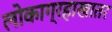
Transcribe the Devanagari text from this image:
लोकाग्रहाखातर